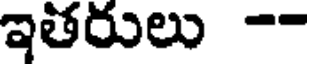
ఇతరులు --